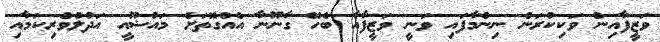
ވަޒީފާއިން ވަކިކުރަން ނިންމާފައި ވަނީ ވަޒީފާއާ ބެހޭ ގާނޫނާ އެއްގޮތަށް މައުޟޫއީ އަދުލުވެރިކަމާއި